Plague in India, 1896, 1897 - Volume 1
Year: 1896
Disease focus: Plague
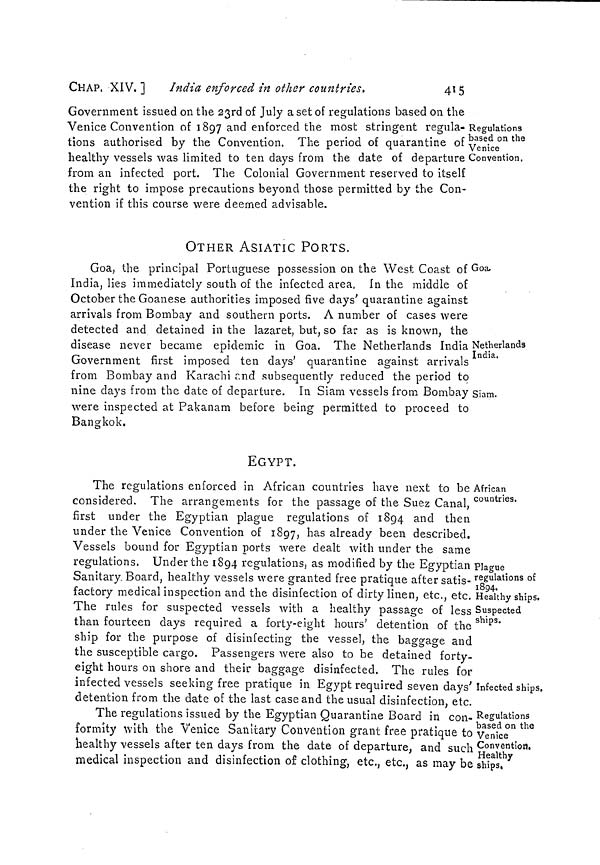
CHAP, XIV. ]
India enforced in other countries,
415
Regulations
based on the
Venice
Convention.
Government issued on the 23rd of July a set of regulations based on the
Venice Convention of 1897 and enforced the most stringent regula-
tions authorised by the Convention. The period of quarantine of
healthy vessels was limited to ten days from the date of departure
from an infected port. The Colonial Government reserved to itself
the right to impose precautions beyond those permitted by the Con-
vention if this course were deemed advisable.
OTHER ASIATIC PORTS.
Goa.
Goa, the principal Portuguese possession on the West Coast of
India, lies immediately south of the infected area. In the middle of
October the Goanese authorities imposed five days' quarantine against
arrivals from Bombay and southern ports. A number of cases were
detected and detained in the lazaret, but. so far as is known, the
Netherlands
India-
disease never became epidemic in Goa. The Netherlands India
Government first imposed ten days' quarantine against arrivals
from Bombay and Karachi and subsequently reduced the period to
Siam.
nine days from the date of departure. In Siam vessels from Bombay
were inspected at Pakanam before being permitted to proceed to
Bangkok.
EGYPT.
African
countries.
The regulations enforced in African countries have next to be
considered. The arrangements for the passage of the Suez Canal,
first under the Egyptian plague regulations of 1894 and then
under the Venice Convention of 1897, has already been described.
Vessels bound for Egyptian ports were dealt with under the same
Plague
regulations of
1894.
Healthy ships.
Suspected
ships.
regulations. Under the 1894 regulations, as modified by the Egyptian
Sanitary. Board, healthy vessels were granted free pratique after satis-
factory medical inspection and the disinfection of dirty linen, etc., etc.
The rules for suspected vessels with a healthy passage of less
than fourteen days required a forty-eight hours' detention of the
ship for the purpose of disinfecting the vessel, the baggage and
the susceptible cargo. Passengers were also to be detained forty-
eight hours on shore and their baggage disinfected. The rules for
Infected ships.
infected vessels seeking free pratique in Egypt required seven days'
detention from the date of the last case and the usual disinfection, etc.
Regulations
based on the
Venice
Convention.
Healthy
ships,
The regulations issued by the Egyptian Quarantine Board in con-
formity with the Venice Sanitary Convention grant free pratique to
healthy vessels after ten days from the date of departure, and such
medical inspection and disinfection of clothing, etc., etc., as may be